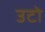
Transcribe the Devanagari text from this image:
उटो